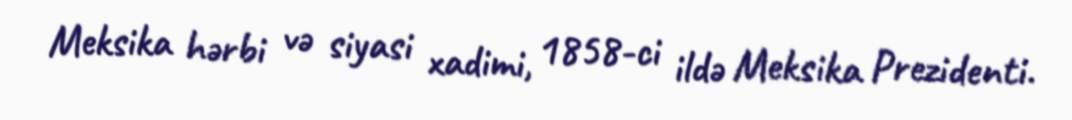
Meksika hərbi və siyasi xadimi, 1858-ci ildə Meksika Prezidenti.